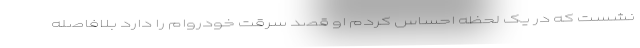
نشست که در یک لحظه احساس کردم او قصد سرقت خودروام را دارد بلافاصله